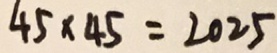
4 5 \times 4 5 = 2 0 2 5